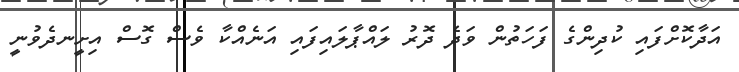
އަދާކޮށްފައި ކުދިންގެ ފަހަތުން ވަދެ ދޮރު ލައްޕާލައިފައި އަނެއްކާ ވެސް ގޮސް އިށީނދެވުނީ